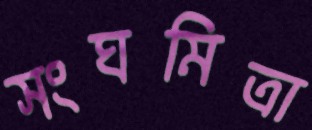
সংঘমিত্রা